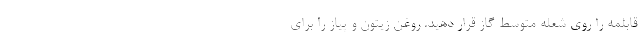
قابلمه را روی شعله متوسط گاز قرار دهید. روغن زیتون و پیاز را برای